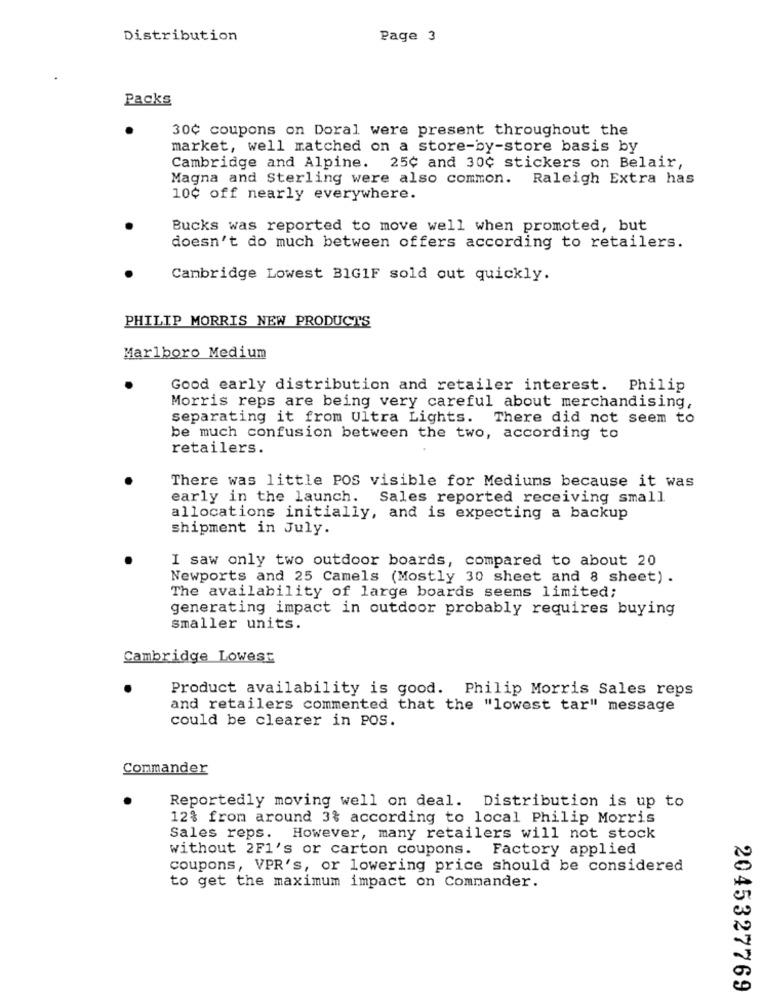
Distribution
Page 3
Packs
30¢ coupons on Doral were present throughout the
market, well matched on a store-by-store basis by
Cambridge and Alpine. 25¢ and 30¢ stickers on Belair,
Magna and Sterling were also common. Raleigh Extra has
10¢ off nearly everywhere.
Bucks was reported to move well when promoted, but
doesn't do much between offers according to retailers.
Cambridge Lowest BIG1F sold out quickly.
PHILIP MORRIS NEW PRODUCTS
Marlboro Medium
Good early distribution and retailer interest. Philip
Morris reps are being very careful about merchandising,
separating it from Ultra Lights. There did not seem to
be much confusion between the two, according to
retailers.
There was little POS visible for Mediums because it was
early in the launch. Sales reported receiving small
allocations initially, and is expecting a backup
shipment in July.
I saw only two outdoor boards, compared to about 20
Newports and 25 Camels (Mostly 30 sheet and 8 sheet) .
The availability of large boards seems limited;
generating impact in outdoor probably requires buying
smaller units.
Cambridge Lowest
Product availability is good. Philip Morris Sales reps
and retailers commented that the "lowest tar" message
could be clearer in POS.
Commander
Reportedly moving well on deal. Distribution is up to
12% from around 3% according to local Philip Morris
Sales reps. However, many retailers will not stock
without 2F1's or carton coupons. Factory applied
coupons, VPR's, or lowering price should be considered
to get the maximum impact on Commander.
2045327769